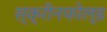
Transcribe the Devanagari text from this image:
स्क्रीनफोल्ड